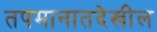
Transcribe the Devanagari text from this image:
तपमानातदेखील